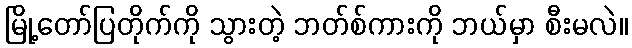
မြို့တော်ပြတိုက်ကို သွားတဲ့ ဘတ်စ်ကားကို ဘယ်မှာ စီးမလဲ။